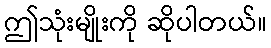
ဤသုံးမျိုးကို ဆိုပါတယ်။